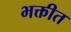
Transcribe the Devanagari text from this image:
भक्तीत